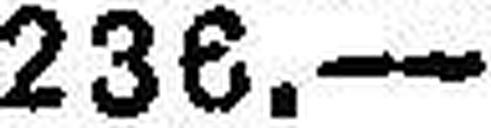
236.—